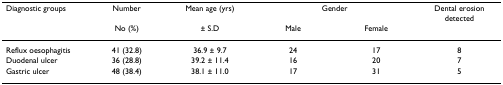
<table><thead><tr><td><b>Diagnostic groups</b></td><td><b>Number</b></td><td><b>Mean age (yrs)</b></td><td colspan="2"><b>Gender</b></td><td><b>Dental erosion detected</b></td></tr><tr><td></td><td><b>No (%)</b></td><td><b>± S.D</b></td><td><b>Male</b></td><td><b>Female</b></td><td></td></tr></thead><tbody><tr><td>Reflux oesophagitis</td><td>41 (32.8)</td><td>36.9 ± 9.7</td><td>24</td><td>17</td><td>8</td></tr><tr><td>Duodenal ulcer</td><td>36 (28.8)</td><td>39.2 ± 11.4</td><td>16</td><td>20</td><td>7</td></tr><tr><td>Gastric ulcer</td><td>48 (38.4)</td><td>38.1 ± 11.0</td><td>17</td><td>31</td><td>5</td></tr></tbody></table>